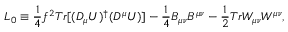
{ \cal L } _ { 0 } \equiv \frac { 1 } { 4 } f ^ { 2 } T r [ ( D _ { \mu } U ) ^ { \dag } ( D ^ { \mu } U ) ] - \frac { 1 } { 4 } B _ { \mu \nu } B ^ { \mu \nu } - \frac { 1 } { 2 } T r W _ { \mu \nu } W ^ { \mu \nu } ,